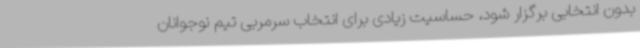
بدون انتخابی برگزار شود، حساسیت زیادی برای انتخاب سرمربی تیم‌ نوجوانان